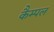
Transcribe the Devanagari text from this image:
कैम्पल